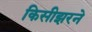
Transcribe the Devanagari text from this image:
किसीझरने